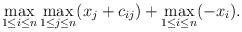
LaTeX: \begin{align*}\begin{aligned}&&&\max_{1\leq i\leq n}\max_{1\leq j\leq n}(x_{j}+c_{ij})+\max_{1\leq i\leq n}(-x_{i}).\end{aligned}\end{align*}